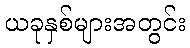
ယခုနှစ်များအတွင်း